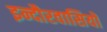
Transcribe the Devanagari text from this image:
इन्दौरवासियों